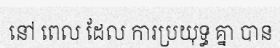
នៅ ពេល ដែល ការប្រយុទ្ធ គ្នា បាន